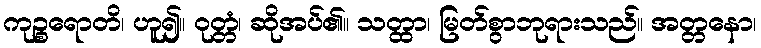
ကုဉ္စရောတိ၊ ဟူ၍။ ဝုတ္တံ၊ ဆိုအပ်၏။ သတ္ထာ၊ မြတ်စွာဘုရားသည်။ အတ္တနော၊